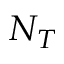
N _ { T }